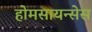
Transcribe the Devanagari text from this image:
होमसायन्सेस